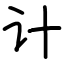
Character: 计